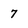
Character: 7